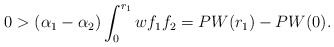
\begin{align*} 0> (\alpha_1 - \alpha_2 ) \int_{0}^{r_1} w f_1 f_2 = PW(r_1) - PW(0).\end{align*}